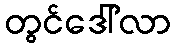
တွင်ဒေါ်လာ